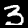
Label: 3